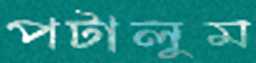
পটালুম